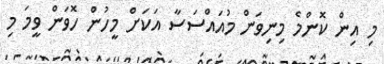
މި އިން ކޮންމެ މިނިވަން މުއައްސަސާ އަކަށް މީހުން ހޮވަން ވީމަ މި